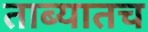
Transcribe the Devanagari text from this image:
ताब्यातच